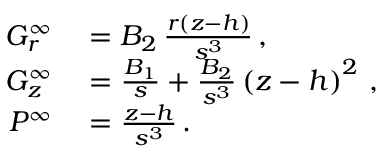
\begin{array} { r l } { G _ { r } ^ { \infty } } & { { } = B _ { 2 } \, \frac { r \left( z - h \right) } { s ^ { 3 } } \, , } \\ { G _ { z } ^ { \infty } } & { { } = \frac { B _ { 1 } } { s } + \frac { B _ { 2 } } { s ^ { 3 } } \left( z - h \right) ^ { 2 } \, , } \\ { P ^ { \infty } } & { { } = \frac { z - h } { s ^ { 3 } } \, . } \end{array}